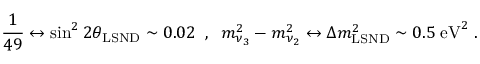
\frac { 1 } { 4 9 } \leftrightarrow \sin ^ { 2 } 2 \theta _ { \mathrm { L S N D } } \sim 0 . 0 2 \; \; , \; \; m _ { \nu _ { 3 } } ^ { 2 } - m _ { \nu _ { 2 } } ^ { 2 } \leftrightarrow \Delta m _ { \mathrm { L S N D } } ^ { 2 } \sim 0 . 5 \; \mathrm { e V } ^ { 2 } \; .